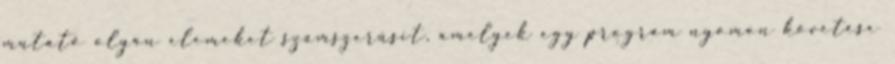
mutató olyan elemeket számszerűsít, amelyek egy program nyomon követése